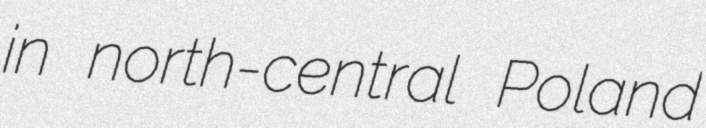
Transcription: in north-central Poland